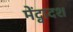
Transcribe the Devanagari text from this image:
मेंद्वादश